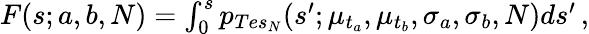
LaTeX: \begin{array}{r}{F(s;a,b,N)=\int_{0}^{s}p_{Tes_{N}}(s^{\prime};\mu_{t_{a}},\mu_{t_{b}},\sigma_{a},\sigma_{b},N)ds^{\prime}\, ,}\end{array}